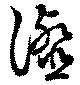
瀣